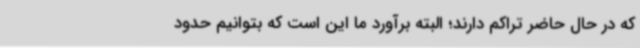
که در حال حاضر تراکم دارند؛ البته برآورد ما این است که بتوانیم حدود